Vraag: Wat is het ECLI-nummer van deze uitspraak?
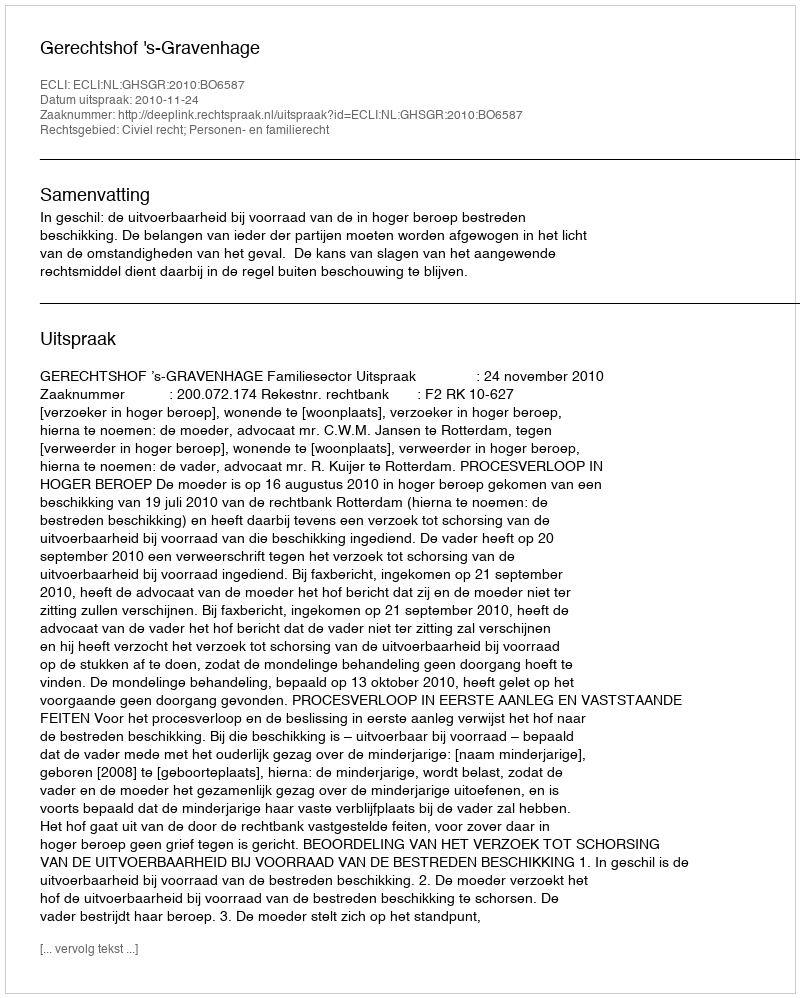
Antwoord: ECLI:NL:GHSGR:2010:BO6587